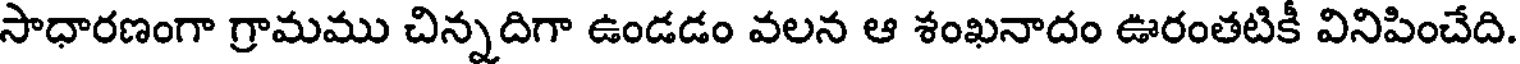
సాధారణంగా గ్రామము చిన్నదిగా ఉండడం వలన ఆ శంఖనాదం ఊరంతటికీ వినిపించేది.